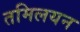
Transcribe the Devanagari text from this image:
तमिलयन